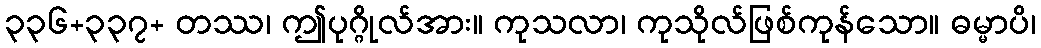
၃၃၆+၃၃၇+ တဿ၊ ဤပုဂ္ဂိုလ်အား။ ကုသလာ၊ ကုသိုလ်ဖြစ်ကုန်သော။ ဓမ္မာပိ၊